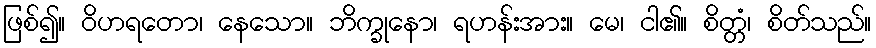
ဖြစ်၍။ ဝိဟရတော၊ နေသော။ ဘိက္ခုနော၊ ရဟန်းအား။ မေ၊ ငါ၏။ စိတ္တံ၊ စိတ်သည်။